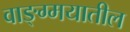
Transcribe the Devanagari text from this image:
वाङ्ग्मयातील